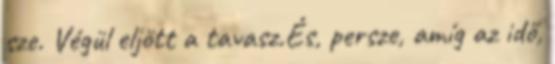
sze. Végül eljött a tavasz.És, persze, amíg az idő,